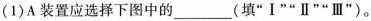
(1)A装置应选择下图中的___(填”Ⅰ””Ⅱ””Ⅲ”)。